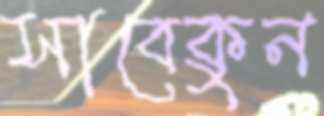
সাবেকুন